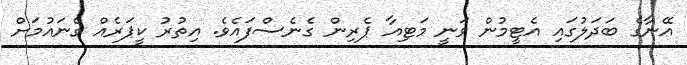
އޭނާގެ ބަދަލުގައި އެޓީމުން ވަނީ މަޓިއާ ޕެރިން ގެނެސްފައެވެ. އިތުރު ކީޕަރެއް ގެނައުމަށް